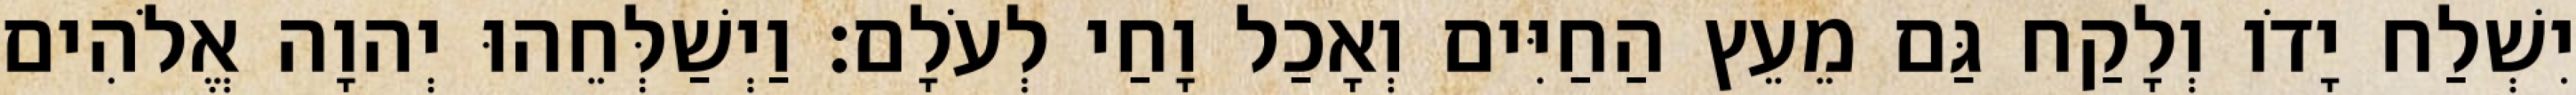
יִשְׁלַח יָדֹו וְלָקַח גַּם מֵעֵץ הַחַיִּים וְאָכַל וָחַי לְעֹלָם׃ וַיְשַׁלְּחֵהוּ יְהוָה אֱלֹהִים